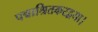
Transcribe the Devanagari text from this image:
पद्माश्रितकरद्वया।